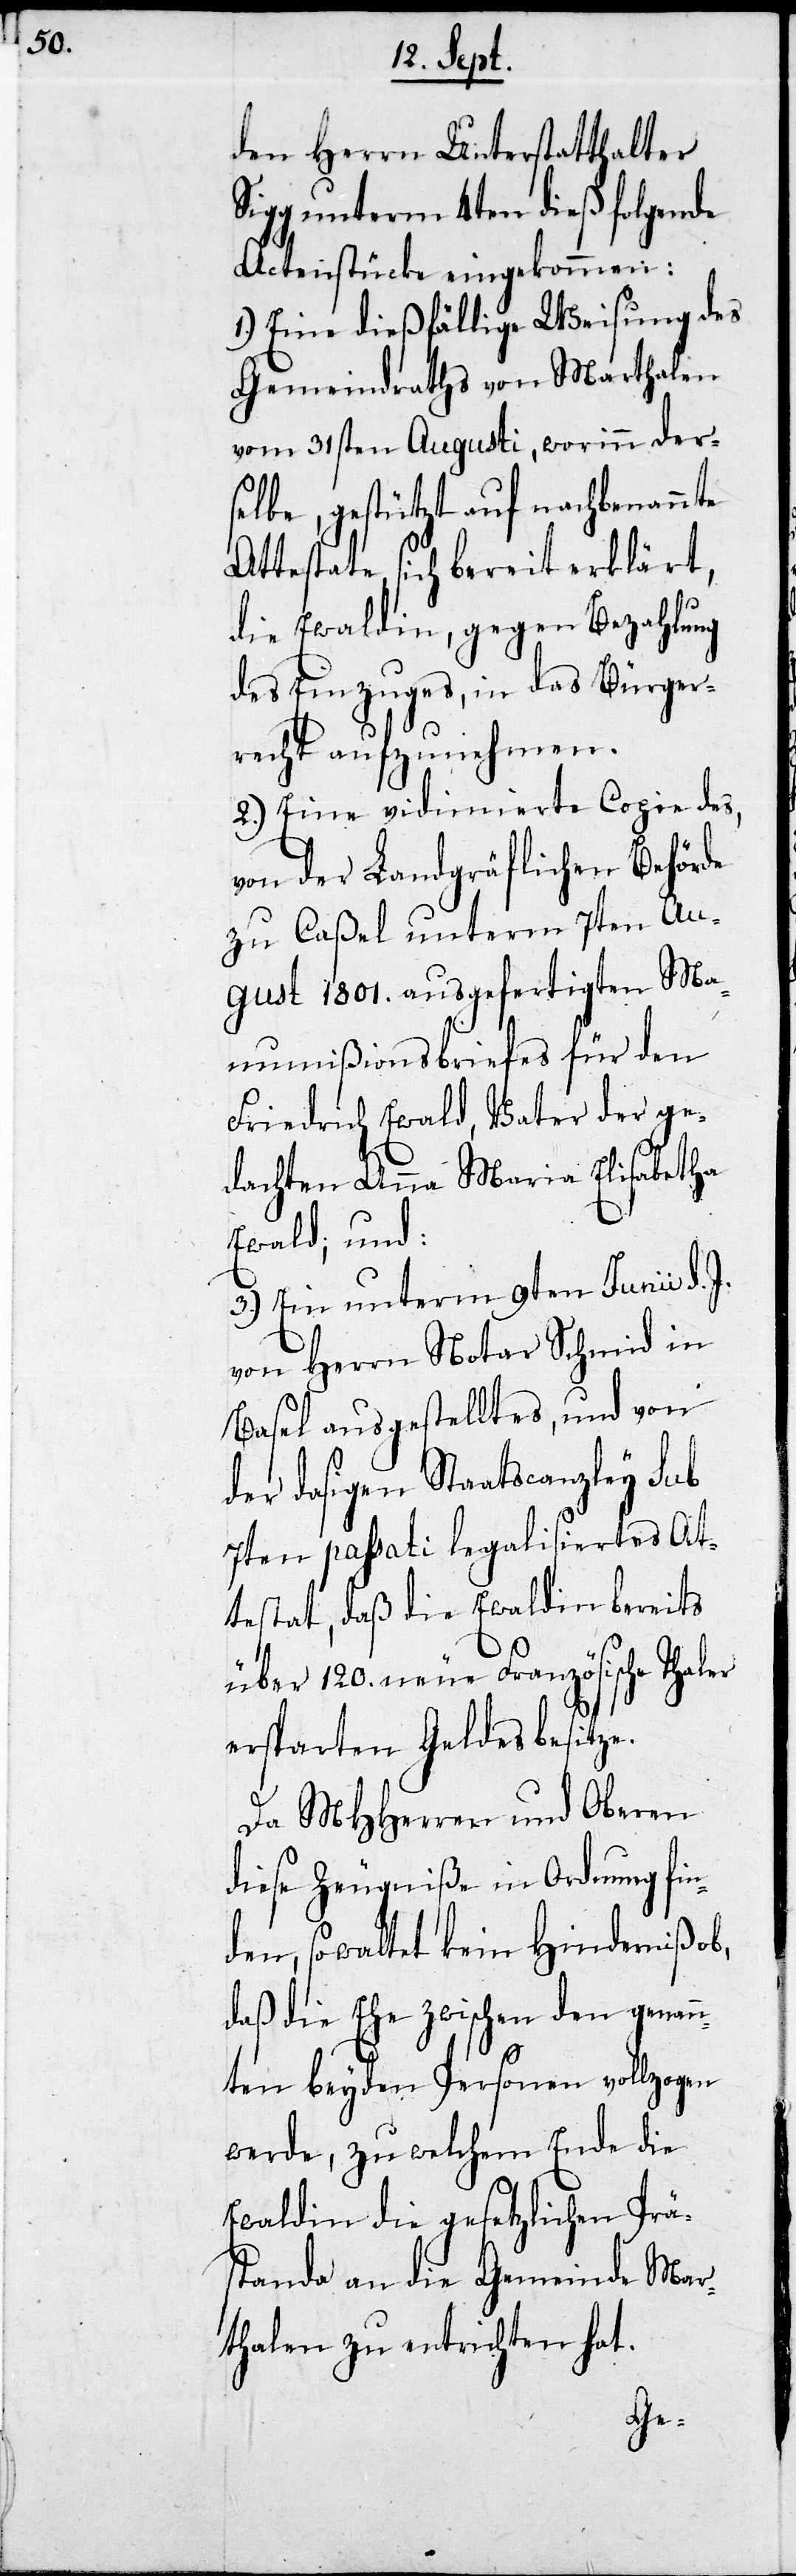
den Herrn Unterstatthalter
Sigg unterm 4ten dieß folgende
Actenstücke eingekommen:
1.) Eine dießfällige Weisung des
Gemeindraths von Marthalen
vom 31sten Augusti, worinn der¬
selbe, gestützt auf nachbenannte
Attestate, sich bereit erklärt,
die Ewaldin, gegen Bezahlung
des Einzuges, in das Bürger¬
recht aufzunehmen.
2.) Eine vidimierte Copie des,
von der Landgräflichen Behörde
zu Caßel unterm 7ten Au¬
gust 1801. ausgefertigten Man¬
umißionsbriefes für den
Friedrich Ewald, Vater der ge¬
dachten Anna Maria Elisabetha
Ewald; und:
3.) Ein unterm 9ten Junii d. J.
von Herrn Notar Schmid in
Basel ausgestelltes, und von
der dasigen Staatscanzley sub
7ten paßati legalisiertes At¬
testat, daß die Ewaldin bereits
über 120. neue Französische Thaler
ersparten Geldes besitze.
Da MHHerren und Oberen
diese Zeugniße in Ordnung fin¬
den, waltete kein Hindernis ob,
daß die Ehe zwischen den genan¬
nten beyden Personen vollzogen
werde, zu welchem End die
Ewaldin die gesetzlichen Prä¬
standa an die Gemeinde Mar¬
thalen zu entrichten hat.